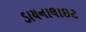
ડાયનાલાઇટ